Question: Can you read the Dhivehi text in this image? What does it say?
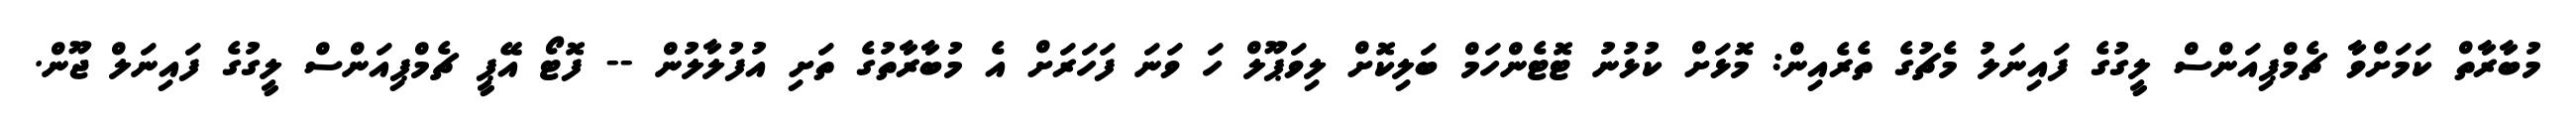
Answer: މުބާރާތް ކަމަށްވާ ޗެމްޕިއަންސް ލީގުގެ ފައިނަލު މެޗުގެ ތެރެއިން: މޮޅަށް ކުޅުނު ޓޮޓެންހަމް ބަލިކޮށް ލިވަޕޫލް ހަ ވަނަ ފަހަރަށް އެ މުބާރާތުގެ ތަށި އުފުލާލުން -- ފޮޓޯ އޭޕީ ޗެމްޕިއަންސް ލީގުގެ ފައިނަލް ޖޫން.